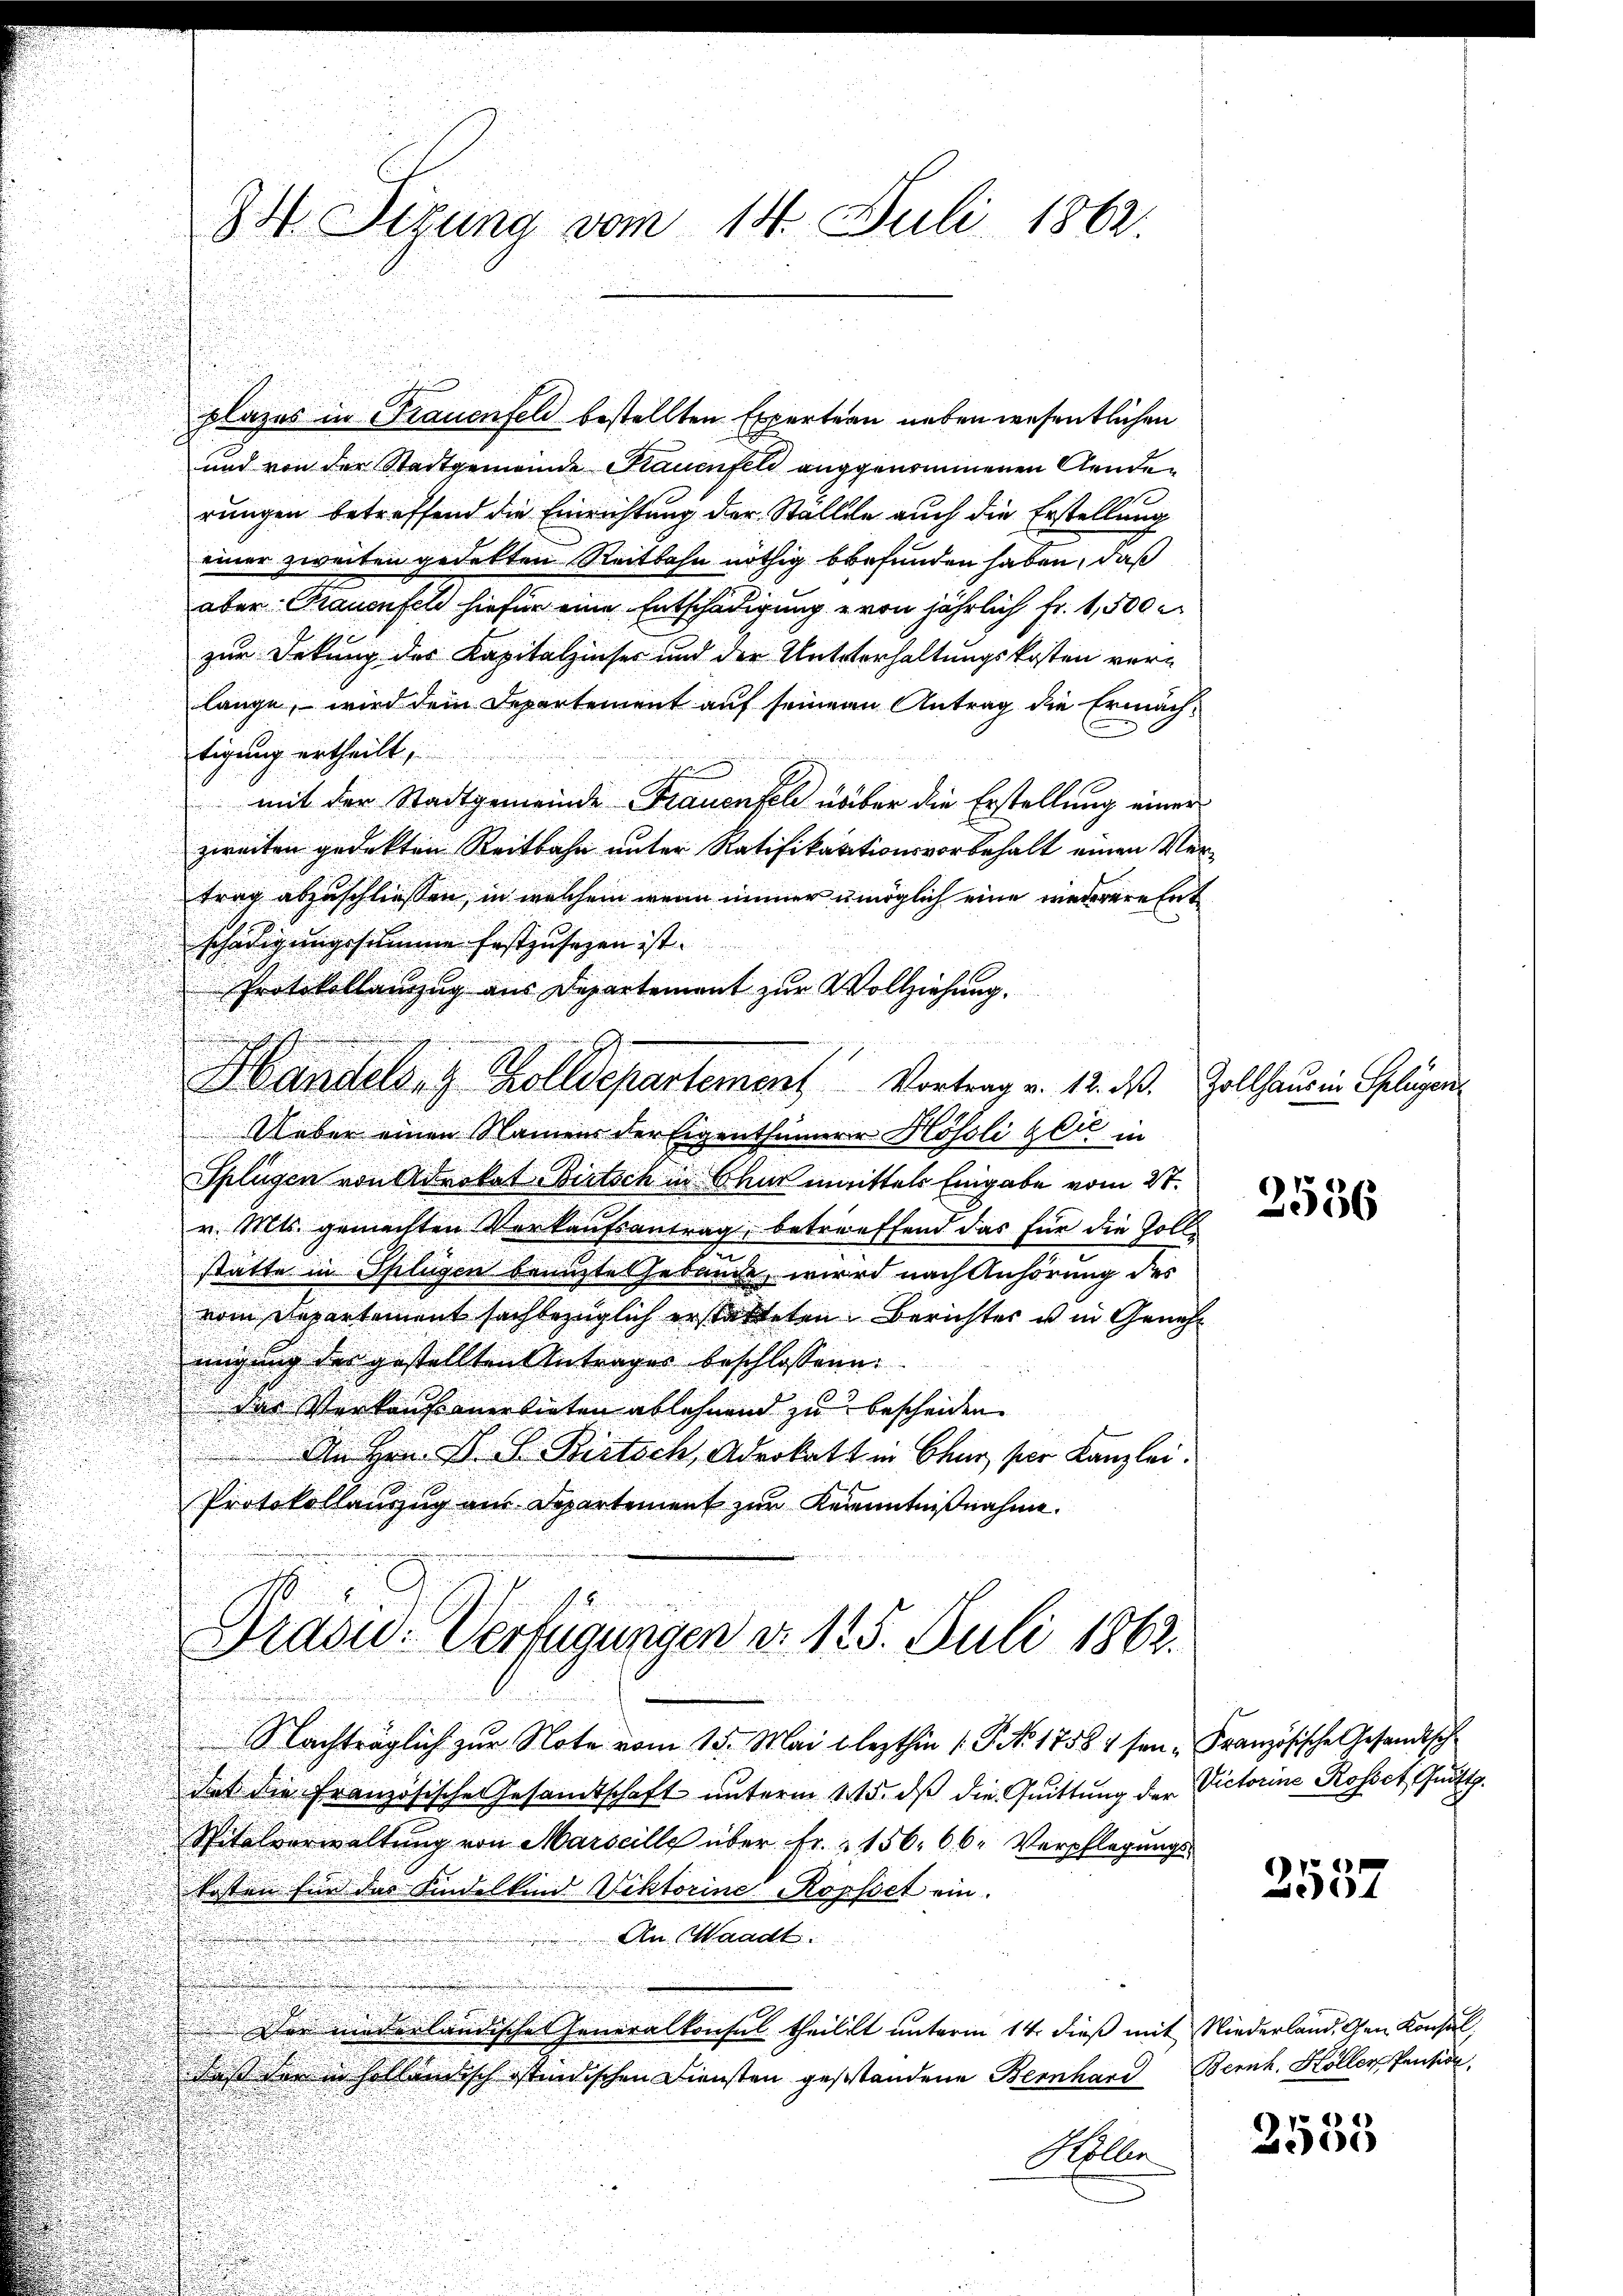
34. Digung vom 14. Juli 1862.

plazes in Frauenfeld bestellten Expertern neben wesentlichen
und von der Stadtgemeinde Kauenfeld anggenommenen Aenden
rungen betreffend die Einrichtung der Stallen auch die Erstellung
einer zweiten gedekten Reitbahn nöthig befunden haben, daß
aber Grauenfeld hiefür eine Entschädigung von jährlich fr. 1,500
zur Dekung des Kapitalzinser und der Unterhaltungskosten ver-
lange, – wird dein Departement auf seiner Antrag die Ermächtigung ertheilt,
mit der Stadtgemeinde Frauenfel über die Erstellung einer
zweiten gedekten Reitbahn unter Ratifikationsvorbehalt einen Vertrag abzuschliessen, in welchem wenn immer umöglich eine wiederere Ent
Ueber einen Namen der Eigenthümerer Hösoli zeit in
.
e
Splügen von Advokat Bittsch in Chur unmittels Eingabe vom 27.
v. Mts. gemachten Vorkaufsantrag, betreffend das für die Zollstatte in Splügen benuzte Gebäude, wird nach Anhörung des
vom Departement sachbezüglich erstatteten Berichter ist in Genehmigung der gestellten Antrages beschlossenen
das Verkauf anerbieten ablehnend zu bescheiden.
An Hrn. B. G. Bittsch, Advokatt in Chur, per Kanzlei.
Protokollauszug aus Departement zur Kenntnißnahme.
Präsid. Verfügungen d. 125. Juli 1863.
Nachträglich zur Note vom 15. Mai lezthin 1 S. No 1758 / sen. Französische Gesandtsch
det die Französische Gesamtschaft unterm 15. dß die Quittung der Victorine Rosset, Quitt.
Vitalverwaltung von Marseille über Fr. & 156. 66. Verpflegungs-
kosten für das Kindelkind Viktorine Kopfsct ein.
An Waadt.
Der niederländische Generalkonsul theililt unterm 14. dieß mit Niederland, den Konsul,
daß der in holländisch stindischen Diensten gestandene Bernhard Bernh. Höller Pension,
Hollen

schädigungssumme festzusehen ist.
Protokollanzug aus Departement zur Vollziehung.
i
Handels- & Zolldepartement Vortrag v. 12. ds. Zollhaus in Gelegen

2536

2557

2535